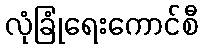
လုံခြုံရေးကောင်စီ